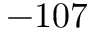
- 1 0 7